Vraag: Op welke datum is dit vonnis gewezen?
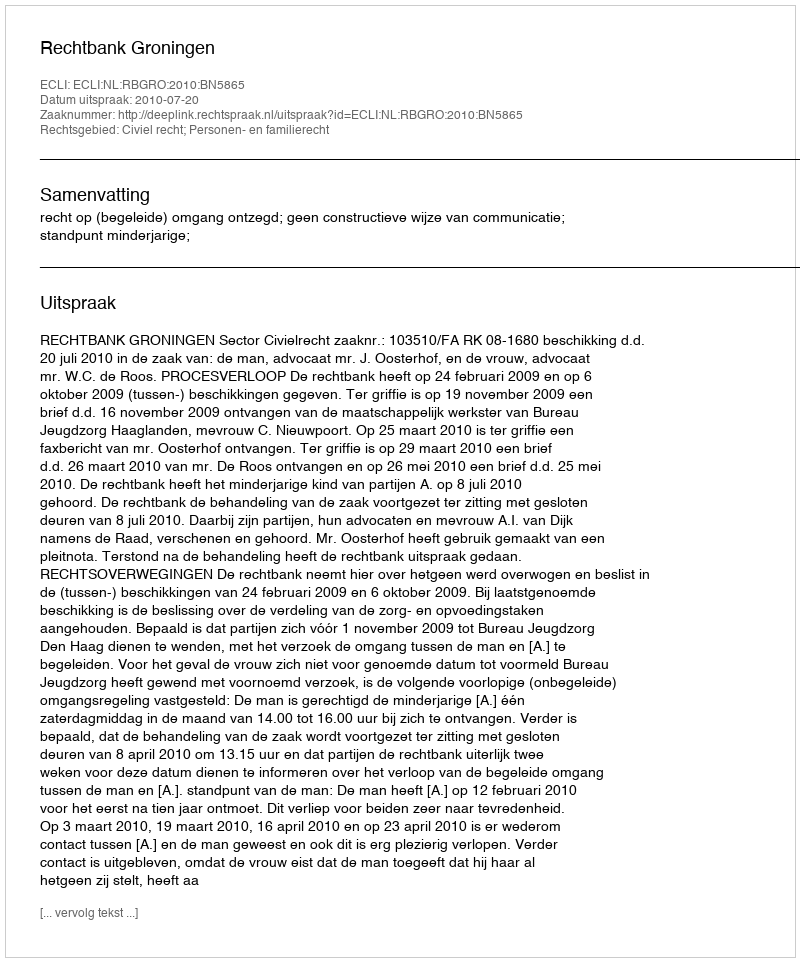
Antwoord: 2010-07-20